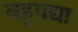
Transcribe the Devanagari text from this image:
बहुपद्या